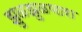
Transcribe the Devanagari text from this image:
झुळझुळणारा